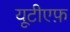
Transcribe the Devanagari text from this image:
यूटीएफ़